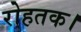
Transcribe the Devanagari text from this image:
रोहतक।